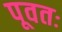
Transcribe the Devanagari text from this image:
पूवतः